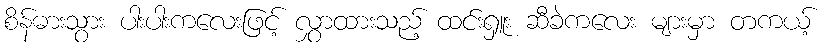
စိန်ဓားသွား ပါးပါးကလေးဖြင့် လွှာထားသည့် ထင်းရှူး ဆီခဲကလေး များမှာ တကယ့်